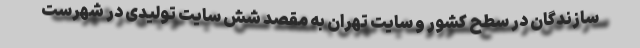
سازندگان در سطح کشور و سایت تهران به مقصد شش سایت تولیدی در شهرست